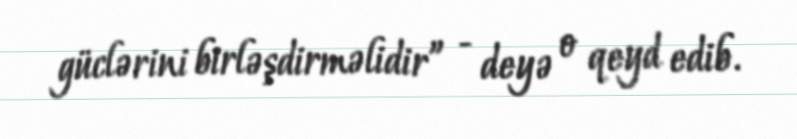
güclərini birləşdirməlidir” - deyə o qeyd edib.